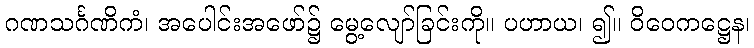
ဂဏသင်္ဂဏိကံ၊ အပေါင်းအဖော်၌ မွေ့လျော်ခြင်းကို။ ပဟာယ၊ ၍။ ဝိဝေကဋ္ဌေန၊